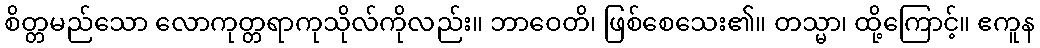
စိတ္တမည်သော လောကုတ္တရာကုသိုလ်ကိုလည်း။ ဘာဝေတိ၊ ဖြစ်စေသေး၏။ တသ္မာ၊ ထို့ကြောင့်။ ဧကူန